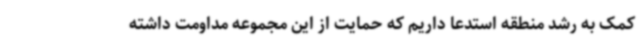
کمک به رشد منطقه استدعا داریم که حمایت از این مجموعه مداومت داشته